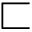
\sqsubset